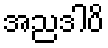
အညဒါပိ